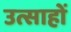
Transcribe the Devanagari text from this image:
उत्साहों